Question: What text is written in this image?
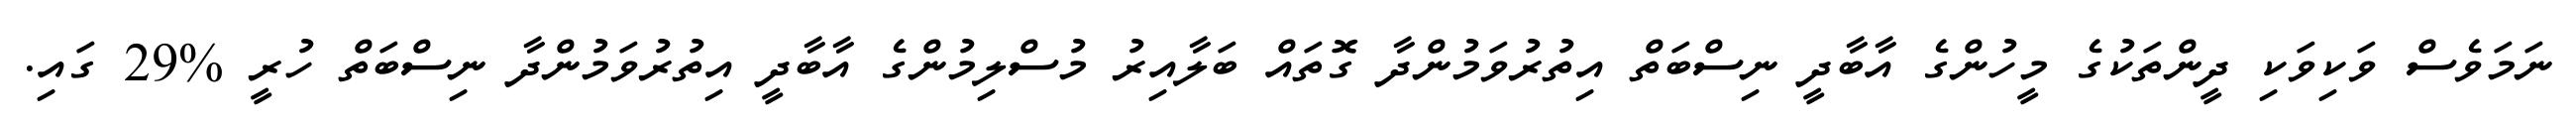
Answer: ނަމަވެސް ވަކިވަކި ދީންތަކުގެ މީހުންގެ އާބާދީ ނިސްބަތް އިތުރުވަމުންދާ ގޮތައް ބަލާއިރު މުސްލިމުންގެ އާބާދީ އިތުރުވަމުންދާ ނިސްބަތް ހުރީ %29 ގައި.